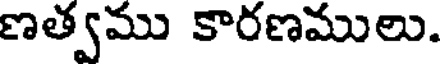
ణత్వము కారణములు.